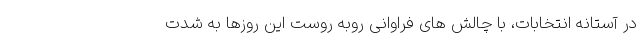
در آستانه انتخابات، با چالش های فراوانی روبه روست این روزها به شدت